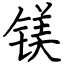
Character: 镁